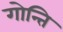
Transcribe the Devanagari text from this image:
गोन्ति